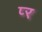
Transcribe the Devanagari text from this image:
प्‍र